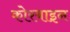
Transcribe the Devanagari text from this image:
कोरबाइन